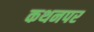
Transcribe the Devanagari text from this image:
कथनपर